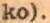
ko).